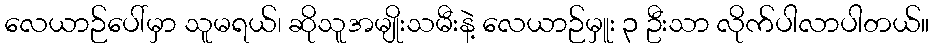
လေယာဉ်ပေါ်မှာ သူမရယ်၊ ဆိုသူအမျိုးသမီးနဲ့ လေယာဉ်မှူး ၃ ဦးသာ လိုက်ပါလာပါတယ်။